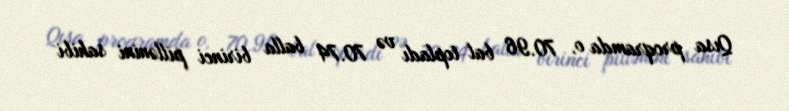
Qısa proqramda o, 70.96 bal topladı və 70.74 balla birinci pillənini sahibi